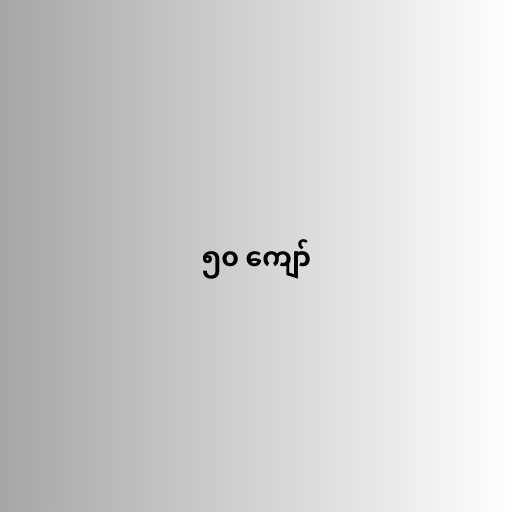
၅၀ ကျော်